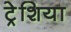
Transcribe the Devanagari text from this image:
ट्रेशिया